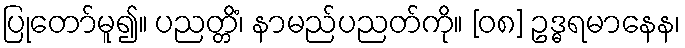
ပြုတော်မူ၍။ ပညတ္တိံ၊ နာမည်ပညတ်ကို။ [၀၈] ဥဒ္ဓရမာနေန၊